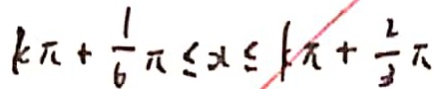
k \pi + \frac { 1 } { 6 } \pi \leq x \leq k \pi + \frac { 2 } { 3 } \pi